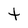
Character: t